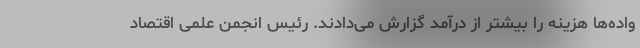
واده‌ها هزینه را بیشتر از درآمد گزارش می‌دادند. رئیس انجمن علمی اقتصاد